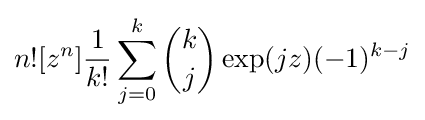
n![z^{n}]{\frac {1}{k!}}\sum _{j=0}^{k}{k \choose j}\exp(jz)(-1)^{k-j}